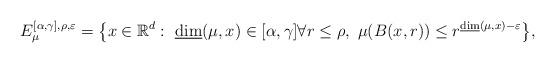
LaTeX: \begin{align*} {{E}_{\mu}^{[\alpha,\gamma],\rho,\varepsilon}=\left\{x\in\mathbb{R}^d : \ \underline\dim (\mu,x)\in[\alpha,\gamma] \forall r\leq \rho, \ \mu(B(x,r))\leq r^{\underline{\dim} (\mu,x)-\varepsilon}\right\}},\end{align*}